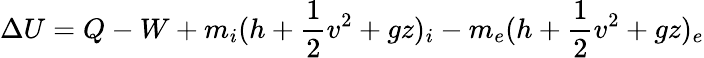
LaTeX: \Delta U=Q-W+m_{i}(h+{\frac{1}{2}}v^{2}+gz)_{i}-m_{e}(h+{\frac{1}{2}}v^{2}+gz)_{e}